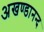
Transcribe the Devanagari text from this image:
अखण्डानन्द